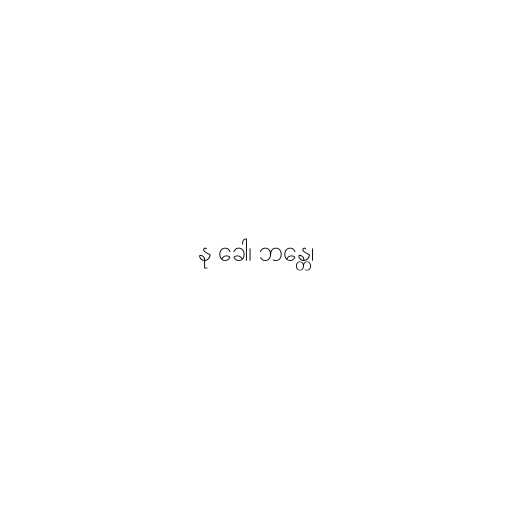
နု ခေါ၊ ဘန္တေ၊